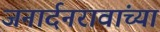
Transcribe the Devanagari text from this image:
जनार्दनरावांच्या